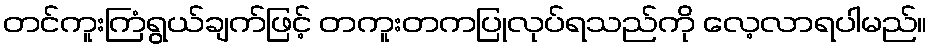
တင်ကူးကြံရွယ်ချက်ဖြင့် တကူးတကပြုလုပ်ရသည်ကို လေ့လာရပါမည်။